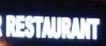
restaurant